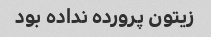
زیتون پرورده نداده بود